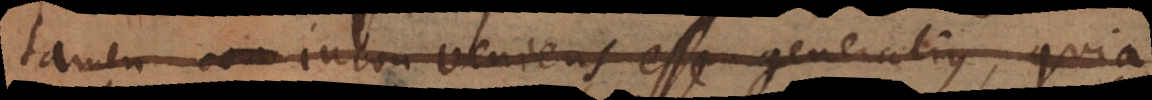
tamen con inconveniens esse generalius, quia